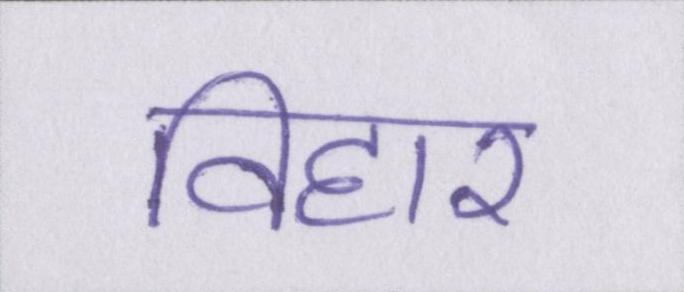
विहार